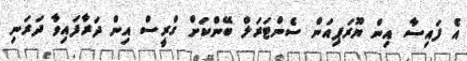
އެ ފައިސާ އިން ޔޫރަޕިއަން ސެންޓަރަލް ބޭންކަށް ގްރީސް އިން ދަރާފައިވާ ދަރަނި